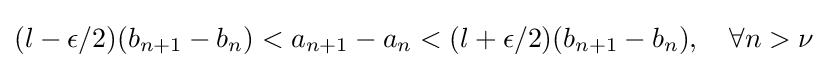
(l-\epsilon /2)(b_{n+1}-b_{n})<a_{n+1}-a_{n}<(l+\epsilon /2)(b_{n+1}-b_{n}),\quad \forall n>\nu